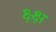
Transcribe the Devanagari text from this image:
क्ष्क्ष